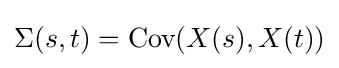
\Sigma (s,t)={\textrm {Cov}}(X(s),X(t))